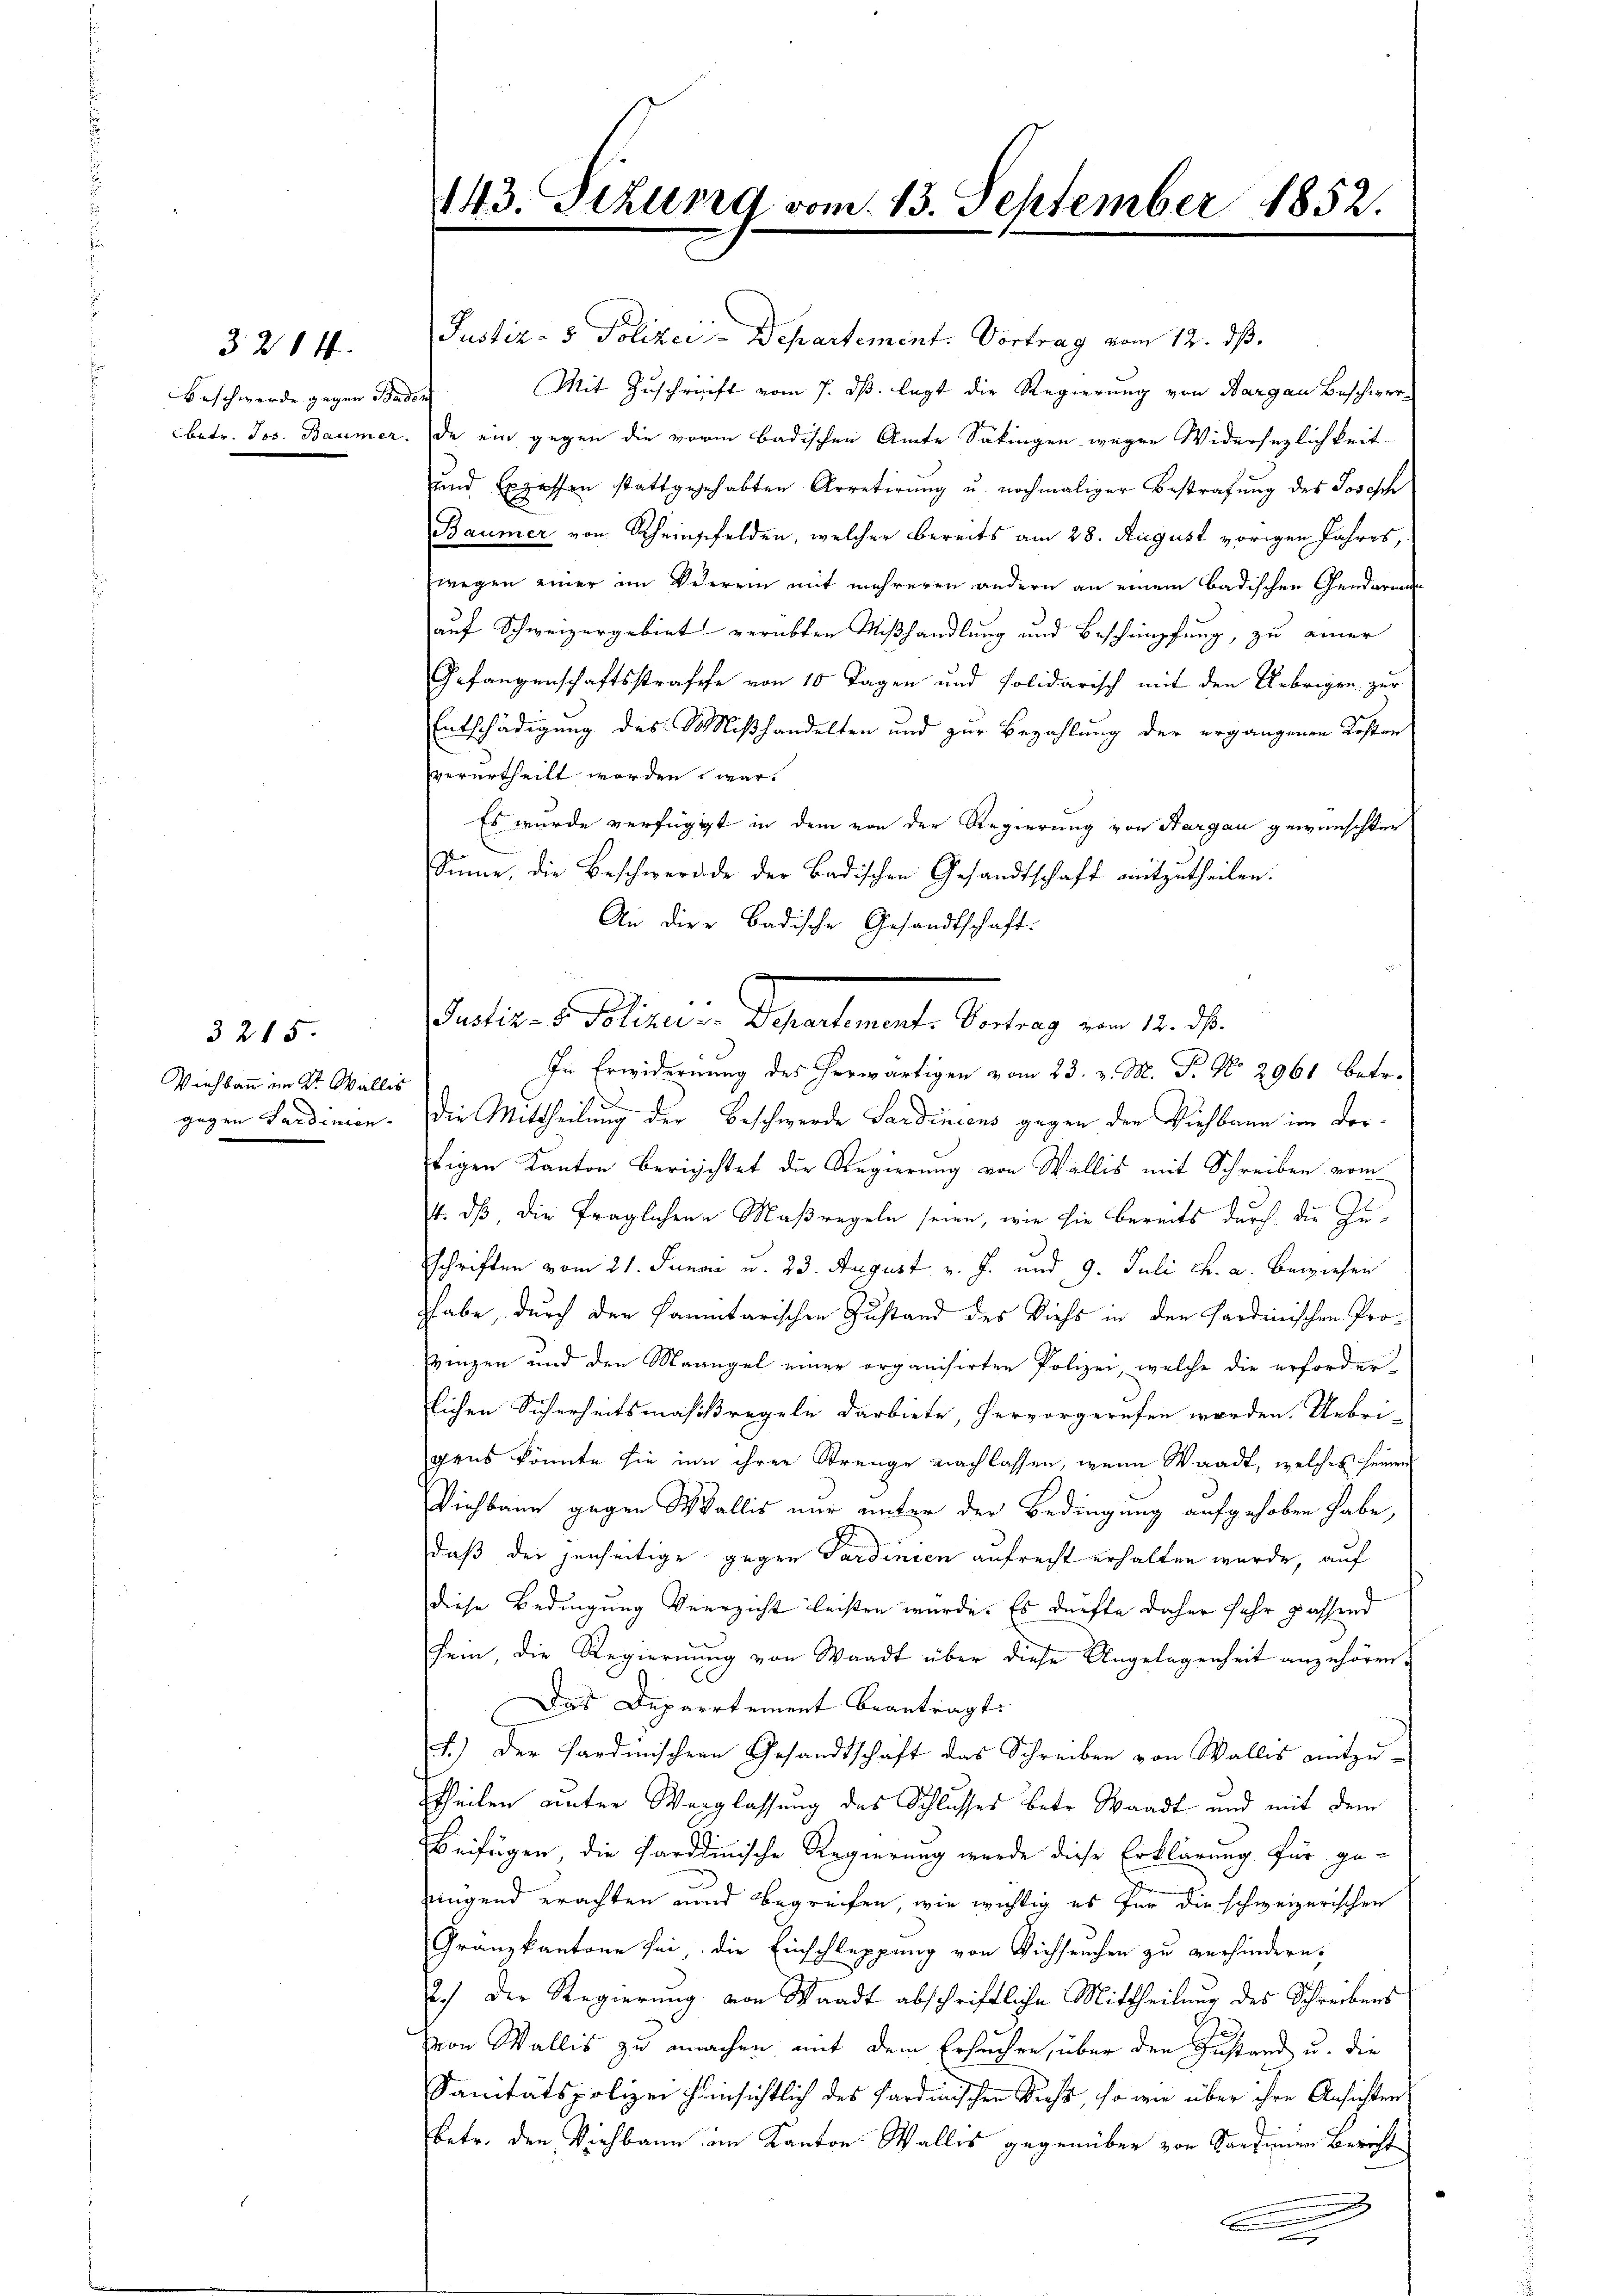
Beschwerde gegen Baden

3214.

3215.
Viehban im Dr. Wallis

Justiz- & Polizei Departement. Vortrag vom 12. ds.
Mit Zuschrift vom 7. ds. legt die Regierung von Aargau Beschwerbetr. Jos. Baumer. Da ein gegen die vorm badischen Amte Säkingen wegen Widersezlichkeit
und Exzessen stattgegehabten Arretirung u. nochmaliger Bestrafung des Joseph
Baumer von Rheingefelden, welcher bereits am 28. August vorigen Jahres,
wegen einer im Verein mit mehreren andern an einem badischen Gendarmen
auf Schweizergebiet verübten Mißhandlung und Beschimpfung, zu einer
Gefangenschaftsstrafen von 10 Tagen und solidarisch mit den Uebrigen zur
Entschädigung des Mißhandelten und zur Bezahlung der ergangenen Kosten
verurtheilt worden war.
Es wurde verfügigt in dem von der Regierung von Aargau gewünschter
Sinne, die Beschwerde der Badischen Gesandtschaft mitzutheilen.
An die Badische Gesandtschaft.
Justiz- & Polizei - Departement. Vortrag vom 12. ds.
In Erwidernung des herwärtigen vom 23. v. M. P. No. 2961. betr.
gegen Ferdinien. Die Mittheilung der Beschwerde Sardinicus gegen den Viehbann im Dortigen Kanton berichtet die Regierung von Wallis mit Schreiben vom
4. dß die fraglichen Maßregeln seien, wie sie bereits durch die Zu-
Eschriften vom 21. Junai u. 23. August v. J. und 9. Juli ch. a. bewiesen
zhabe, durch der Paumtarischen Zustand des Viehs in den Sardinischen Pro-
zinzen und den Maangel einer organisirten Polizei, welche die erforder-
lichen Sicherheitsmassregeln darbiete, hervorgerufen worden. Uebri-
gens könnte sie in ihrer Strenge nachlassen, wenn Waadt, welches seinen
Vichbaue gegen Wallis nur unter der Bedingung aufgehoben habe,
daß der jenseitige gegen Sardinien aufrecht erhalten würde, auf
diese Bedingung Vierzicht leisten wurde. Es dürfte daher sehr passend
sein, die Regierung von Waadt über diese Angelegenheit anzuhören.
Das Departement beantragt.
t.) Der Pardinischern Gesandtschaft das Schreiben von Wallis mitzustheilen unter Verglassung des Schlusses betr. Waadt und mit dem
Beifügen, die Sardinische Regierung werde diese Erklärung für genügend erachten und Begreifen, wie wichtig es für die schweizerischen
Gränzkantone sei, die Einschleppung von Vichseuchen zu verhindern,
2.) Der Regierung von Waadt abschriftliche Mittheilung des Schreibens
e
von Wallis zu machen mit dem Ersuchen, über den Instand u. die
Sanitätspolizei hinsichtlich des Sardinischen Richt, so wie über ihre Ansichten
betr. den Viehbann im Kanton Wallis gegenüber von Sardinien Bericht
.

143. Sizung vom 13. September 1852.

e